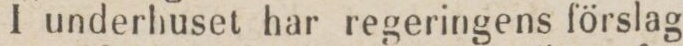
I underhuset har regeringens förslag